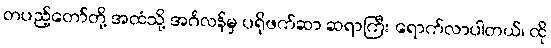
တပည့်တော်တို့ အထံသို့ အင်္ဂလန်မှ ပရိုဖက်ဆာ ဆရာကြီး ရောက်လာပါတယ်၊ ထို